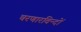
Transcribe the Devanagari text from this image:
चरणारविन्दों